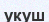
укуш